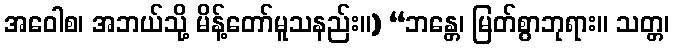
အဝေါစ၊ အဘယ်သို့ မိန့်တော်မူသနည်း။) “ဘန္တေ၊ မြတ်စွာဘုရား။ သတ္တ၊